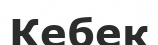
Кебек